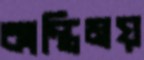
কান্তিময়